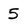
Character: 5